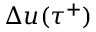
\Delta u ( \tau ^ { + } )